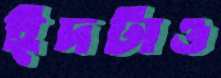
ঈদটাও